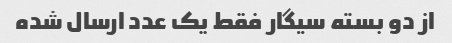
از دو بسته سیگار فقط یک عدد ارسال شده